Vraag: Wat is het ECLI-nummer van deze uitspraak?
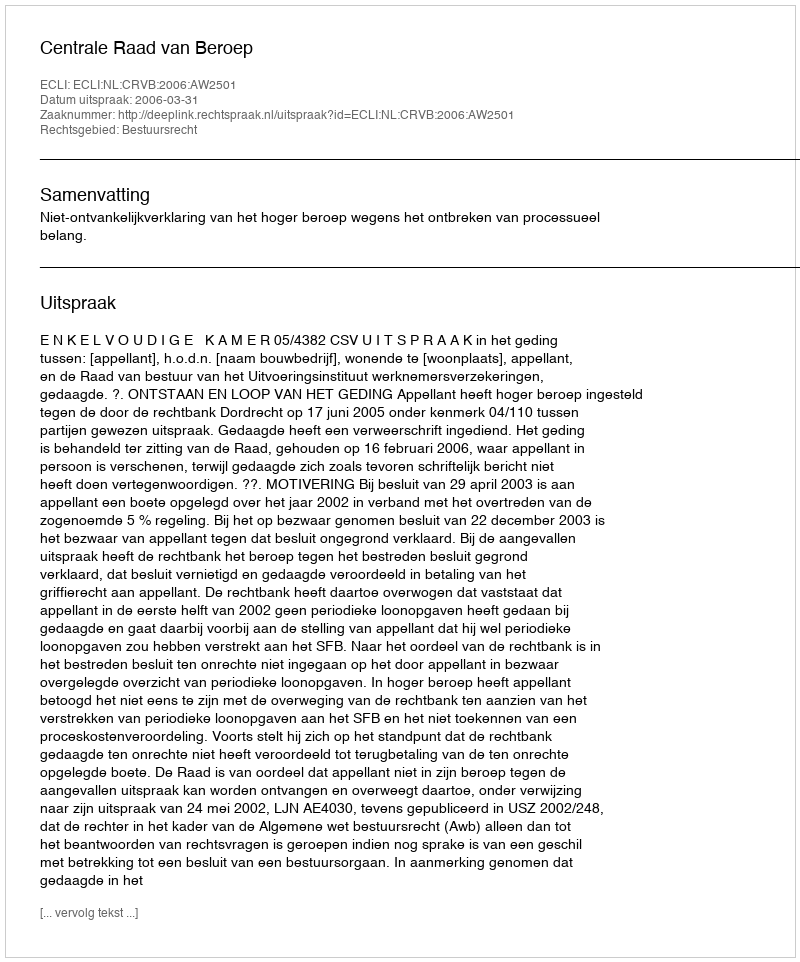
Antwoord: ECLI:NL:CRVB:2006:AW2501